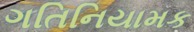
ગતિનિયામક